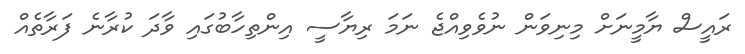
ރައީސް ޔާމީނަށް މިނިވަން ނުވެވިއްޖެ ނަމަ ރިޔާސީ އިންތިހާބުގައި ވާދަ ކުރާނެ ފަރާތެއް